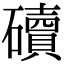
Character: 𥖿